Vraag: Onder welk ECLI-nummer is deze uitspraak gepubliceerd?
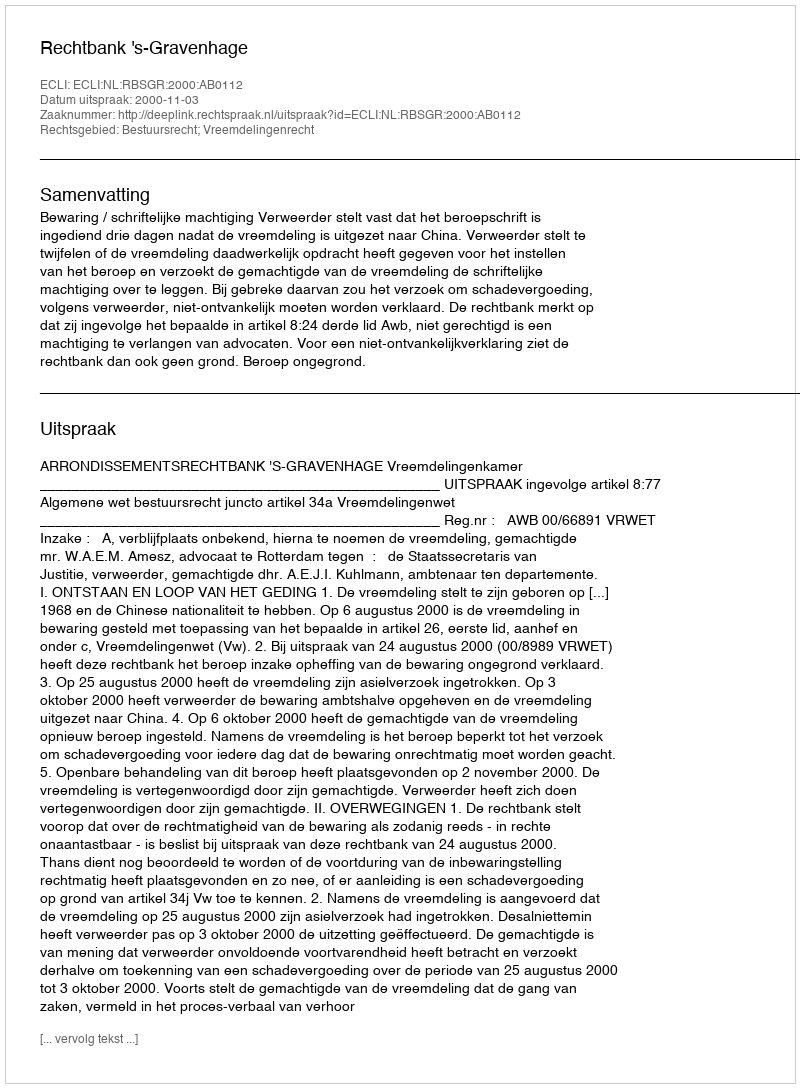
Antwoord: ECLI:NL:RBSGR:2000:AB0112